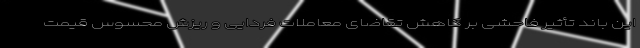
این باند تأثیر فاحشی بر کاهش تقاضای معاملات فردایی و ریزش محسوس قیمت